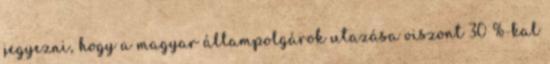
jegyezni, hogy a magyar állampolgárok utazása viszont 30 %-kal